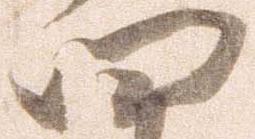
四